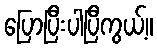
ပြောပြီးပါပြီကွယ့်။